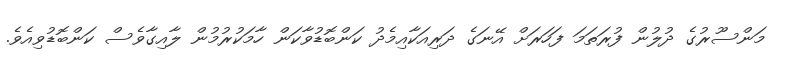
މަންސޫރުގެ ދުލުން ފުރަތަމަ ފަހަރަށް އޭނަގެ ދަރިއަކާއިމެދު ކަންބޮޑުވާކަން ހާމަކުރުމުން ލާއިގާވެސް ކަންބޮޑުވިއެވެ.